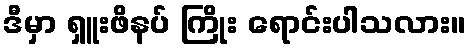
ဒီမှာ ရှူးဖိနပ် ကြိုး ရောင်းပါသလား။